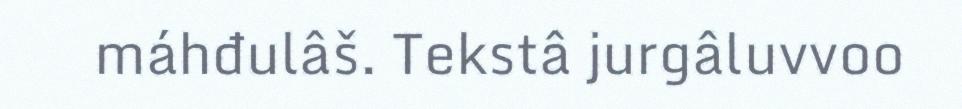
máhđulâš. Tekstâ jurgâluvvoo